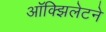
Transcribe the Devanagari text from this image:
ऑक्झिलेटने